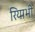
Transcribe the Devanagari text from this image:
रियाभी